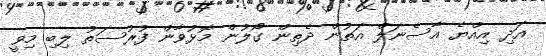
އަދި އިއްޔެ އާސެނަލް އަތުން ދެތިން ގޯލުން މޮޅުވާން ފުރުސަތު ލިބި މިވީ